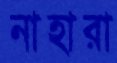
নাহারা